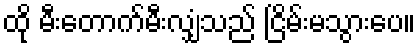
ထို မီးတောက်မီးလျှံသည် ငြိမ်းမသွားပေ။